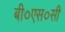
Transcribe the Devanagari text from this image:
बी०एस०सी